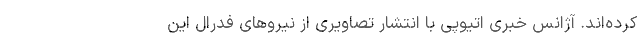
کرده‌اند. آژانس خبری اتیوپی با انتشار تصاویری از نیروهای فدرال این